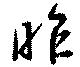
昨